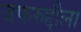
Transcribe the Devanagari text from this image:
जफरुद्दौला